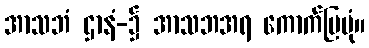
အာသဘံ ဌာနံ-၌ အာသဘအရ ကောက်ပြပုံ။